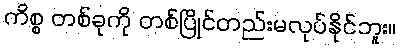
ကိစ္စ တစ်ခုကို တစ်ပြိုင်တည်းမလုပ်နိုင်ဘူး။